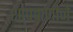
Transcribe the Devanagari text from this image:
शापवाणीने